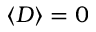
\langle D \rangle = 0